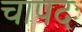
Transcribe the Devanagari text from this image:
चापदः